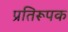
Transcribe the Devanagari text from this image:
प्रतिरूपक